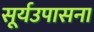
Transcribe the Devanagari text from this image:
सूर्यउपासना